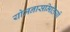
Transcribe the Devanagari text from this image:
योजनासमितियों